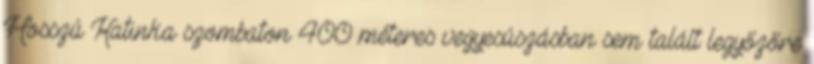
Hosszú Katinka szombaton 400 méteres vegyesúszásban sem talált legyőzőre